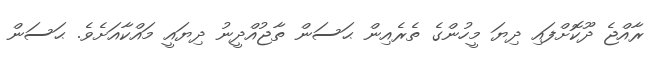
ރާއްޖެ ދޫކޮށްފައި ދިޔަ މީހުންގެ ތެރެއިން ޙަސަން ތާޖުއްދީނު ދިޔައީ މައްކާއަށެވެ. ޙަސަން